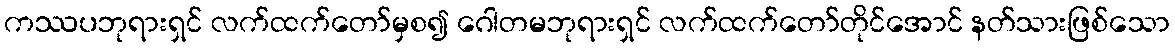
ကဿပဘုရားရှင် လက်ထက်တော်မှစ၍ ဂေါတမဘုရားရှင် လက်ထက်တော်တိုင်အောင် နတ်သားဖြစ်သော